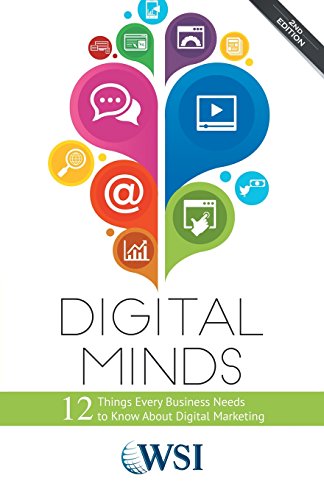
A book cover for Digital Minds: 12 Things Every Business Needs to Know About Digital Marketing (2nd Edition); Wsi; Computers & Technology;